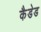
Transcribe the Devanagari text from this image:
कैडेड